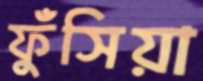
ফুঁসিয়া